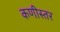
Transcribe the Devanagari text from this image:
कणीस्तर